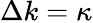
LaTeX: \Delta k=\kappa